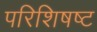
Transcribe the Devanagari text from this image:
परिशिषष्ट